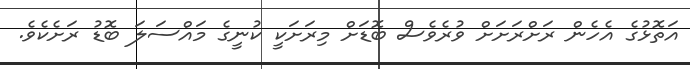
އަތޮޅުގެ އެހެން ރަށްރަށަށް ވުރެވެސް ބޮޑަށް މިރަށަކީ ކުނީގެ މައްސަލަ ބޮޑު ރަށެކެވެ.